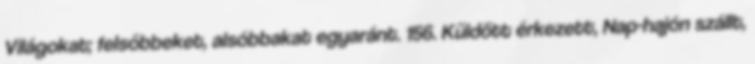
Világokat; felsőbbeket, alsóbbakat egyaránt. 156. Küldött érkezett, Nap-hajón szállt,